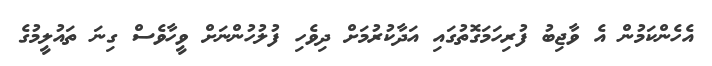
އެހެންކަމުން އެ ވާޖިބު ފުރިހަމަގޮތުގައި އަދާކުރުމަށް ދިވެހި ފުލުހުންނަށް ވީހާވެސް ގިނަ ތައުލީމުގެ